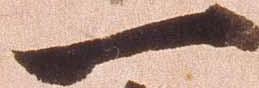
一